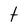
Character: t